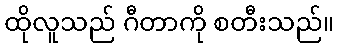
ထိုလူသည် ဂီတာကို စတီးသည်။